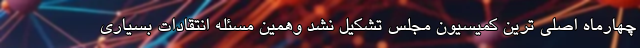
چهارماه اصلی ترین کمیسیون مجلس تشکیل نشد وهمین مسئله انتقادات بسیاری